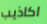
اكاذيب